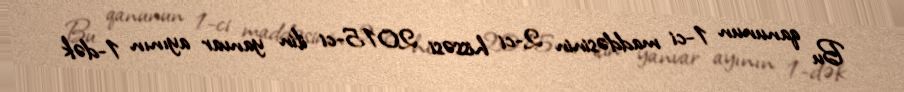
Bu qanunun 1-ci maddəsinin 2-ci hissəsi 2015-ci ilin yanvar ayının 1-dək